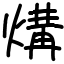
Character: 煹